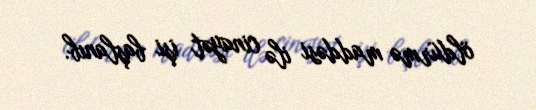
öldürmə maddəsi ilə cinayət işi başlanıb.